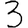
Digit: 3